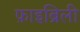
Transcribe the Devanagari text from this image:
फ़ाइब्रिली